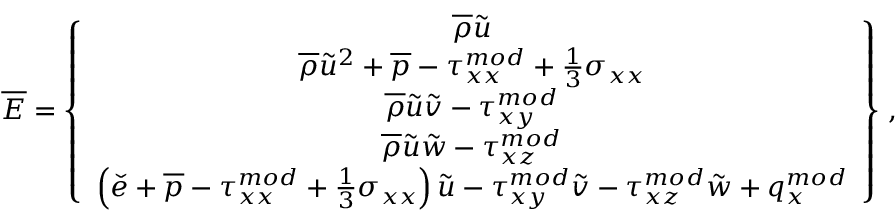
\overline { { E } } = \left\{ \begin{array} { c } { \overline { { \rho } } \tilde { u } } \\ { \overline { { \rho } } \tilde { u } ^ { 2 } + \overline { { p } } - { \tau } _ { x x } ^ { m o d } + \frac { 1 } { 3 } \sigma _ { x x } } \\ { \overline { { \rho } } \tilde { u } \tilde { v } - { \tau } _ { x y } ^ { m o d } } \\ { \overline { { \rho } } \tilde { u } \tilde { w } - { \tau } _ { x z } ^ { m o d } } \\ { \left( \check { e } + \overline { { p } } - { \tau } _ { x x } ^ { m o d } + \frac { 1 } { 3 } \sigma _ { x x } \right) \tilde { u } - { \tau } _ { x y } ^ { m o d } \tilde { v } - { \tau } _ { x z } ^ { m o d } \tilde { w } + q _ { x } ^ { m o d } } \end{array} \right\} \, \mathrm { , }